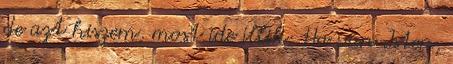
de azt hiszem, most ide illik: Ha van Isten,